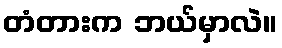
တံတားက ဘယ်မှာလဲ။